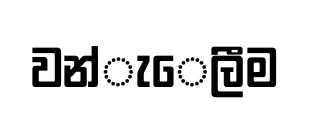
වන්ැෙලීම